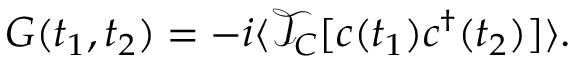
G ( t _ { 1 } , t _ { 2 } ) = - i \langle \mathcal { T } _ { C } [ c ( t _ { 1 } ) c ^ { \dagger } ( t _ { 2 } ) ] \rangle .